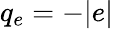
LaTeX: q_{e}=-|e|